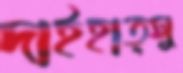
দাইহাত্সু